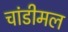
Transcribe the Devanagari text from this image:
चांडीमल